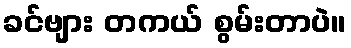
ခင်ဗျား တကယ် စွမ်းတာပဲ။